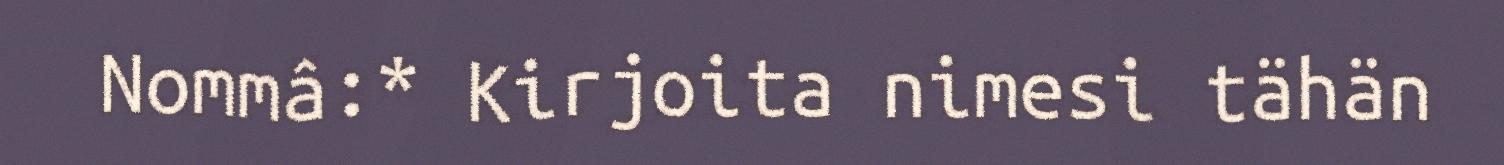
Nommâ:* Kirjoita nimesi tähän